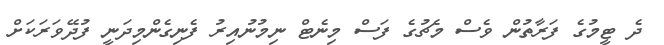
ދެ ޓީމުގެ ފަރާތުން ވެސް މެޗުގެ ފަސް މިނެޓް ނިމުނުއިރު ފެނިގެންމިދަނީ ފުދޭވަރަކަށް